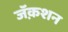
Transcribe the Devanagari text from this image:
जॅक़शन